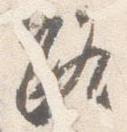
路